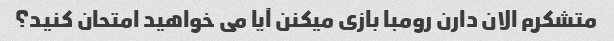
متشکرم الان دارن رومبا بازی میکنن آیا می خواهید امتحان کنید؟